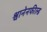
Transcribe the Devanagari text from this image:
श्वानेनफील्ड